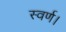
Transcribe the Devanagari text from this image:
स्वर्ण।